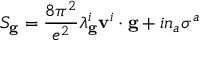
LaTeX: S _ { \bf g } = \frac { 8 \pi ^ { 2 } } { e ^ { 2 } } \lambda _ { \bf g } ^ { i } { \bf v } ^ { i } \cdot { \bf g } + i n _ { a } \sigma ^ { a }